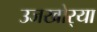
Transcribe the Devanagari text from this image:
उजखोर्‍या